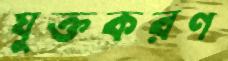
যুক্তকরণ